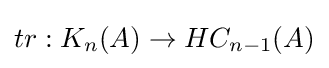
tr:K_{n}(A)\to HC_{n-1}(A)